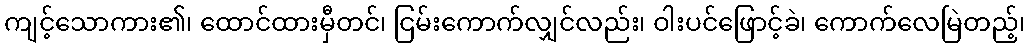
ကျင့်သောကား၏၊ ထောင်ထားမှီတင်၊ ငြမ်းကောက်လျှင်လည်း၊ ဝါးပင်ဖြောင့်ခဲ၊ ကောက်လေမြဲတည့်၊